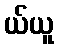
ယ်ယူ